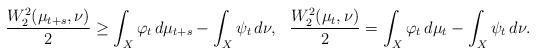
LaTeX: \begin{align*}\frac{W_2^2(\mu_{t+s} ,\nu)}{2} & \ge \int_X \varphi_t \, d\mu_{t+s} - \int_X \psi_t \, d \nu , & \frac{W_2^2 ( \mu_t , \nu )}{2}& = \int_X \varphi_t \, d \mu_t - \int_X \psi_t \, d \nu . \end{align*}